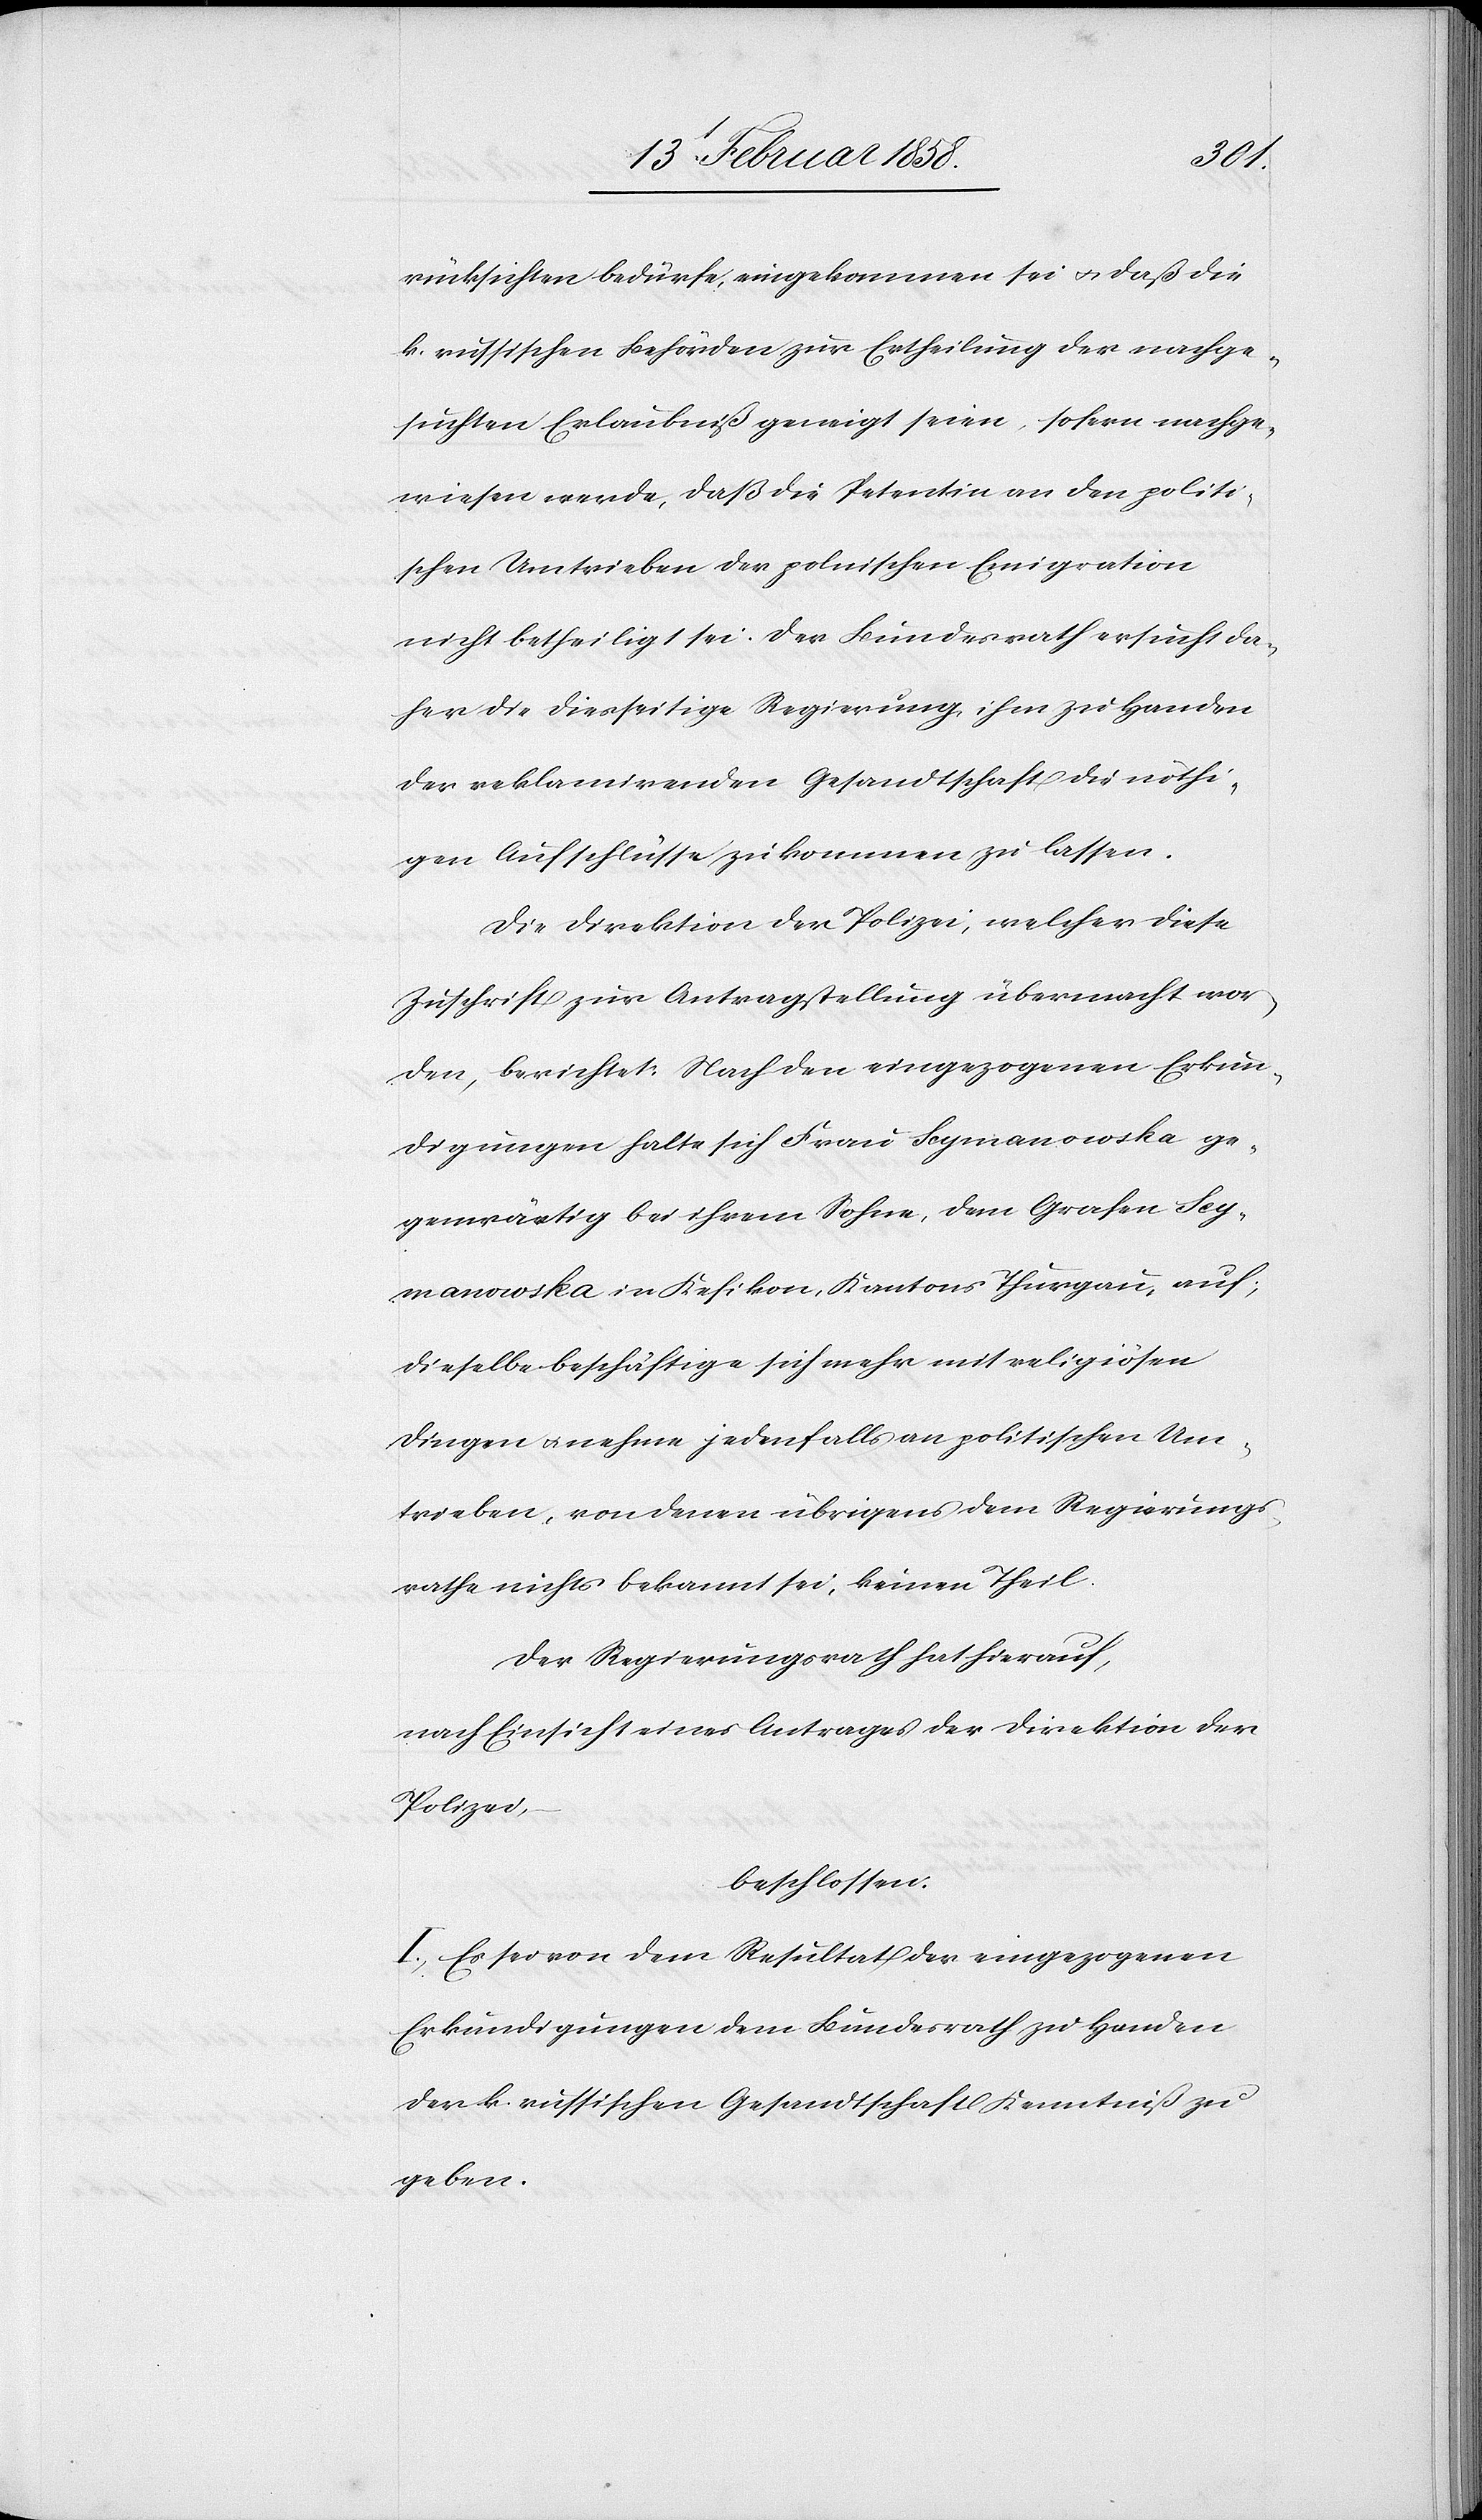
rücksichten bedürfe, eingekommen sei u. daß die
k. russischen Behörden zur Ertheilung der nachge¬
suchten Erlaubniß geneigt seien, sofern nachge¬
wiesen werde, daß die Petentin an den politi¬
schen Umtrieben der polnischen Emigration
nicht betheiligt sei. Der Bundesrath ersucht da¬
her die diesseitige Regierung, ihm zu Handen
der reklamirenden Gesandtschaft die nöthi¬
gen Aufschlüsse zukommen zu lassen.
Die Direktion der Polizei, welcher diese
Zuschrift zur Antragstellung übermacht wor¬
den, berichtet: Nach den eingezogenen Erkun¬
digungen halte sich Frau Scymanowska ge¬
genwärtig bei ihrem Sohne, dem Grafen Scy¬
manowska in Kefikon, Kantons Thurgau, auf;
dieselbe beschäftige sich mehr mit religiösen
Dingen u. nehme jedenfalls an politischen Um¬
trieben, von denen übrigens dem Regierungs¬
rathe nichts bekannt sei, keinen Theil.
Der Regierungsrath hat hierauf,
nach Einsicht eines Antrages der Direktion der
Polizei,
beschlossen:
I. Es sei von dem Resultat der eingezogenen
Erkundigungen dem Bundesrath zu Handen
der k. russischen Gesandtschaft Kenntniß zu
geben.